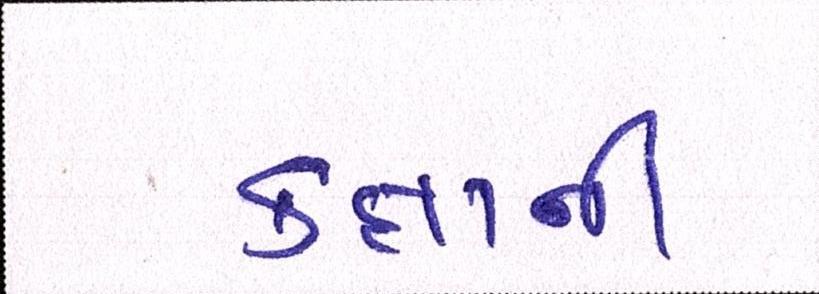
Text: કક્ષાની